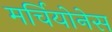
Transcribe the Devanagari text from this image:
मर्चियोनेस